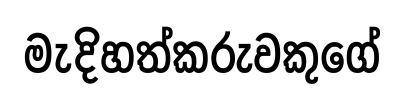
මැදිහත්කරුවකුගේ